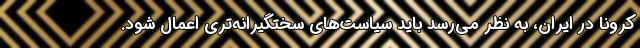
کرونا در ایران، به نظر می‌رسد باید سیاست‌های سختگیرانه‌تری اعمال شود.